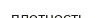
плотность